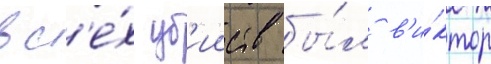
вс'е́х уб'ииств бы́л в'и́ктор